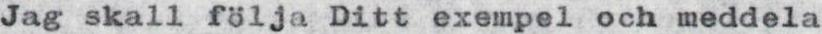
Jag skall följa Ditt exempel och meddela